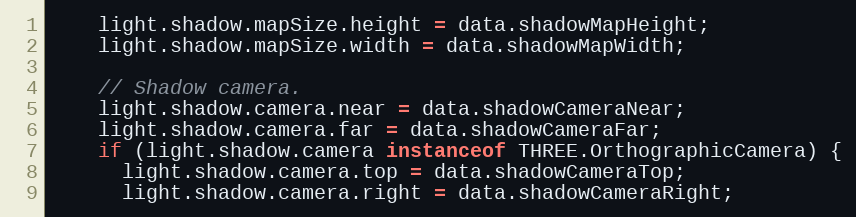
Language: JavaScript
    light.shadow.mapSize.height = data.shadowMapHeight;
    light.shadow.mapSize.width = data.shadowMapWidth;

    // Shadow camera.
    light.shadow.camera.near = data.shadowCameraNear;
    light.shadow.camera.far = data.shadowCameraFar;
    if (light.shadow.camera instanceof THREE.OrthographicCamera) {
      light.shadow.camera.top = data.shadowCameraTop;
      light.shadow.camera.right = data.shadowCameraRight;